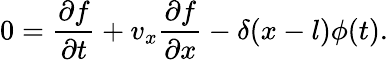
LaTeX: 0=\frac{\partial f}{\partial t}+v_{x}\frac{\partial f}{\partial x}-\delta(x-l)\phi(t).